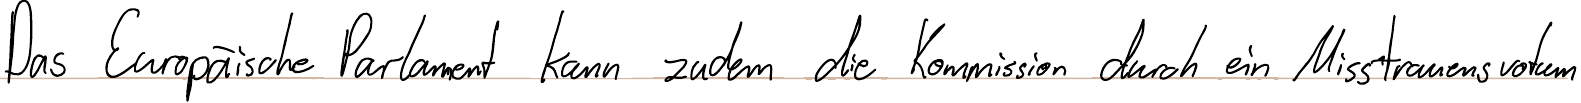
Das Europäische Parlament kann zudem die Kommission durch ein Misstrauensvotum